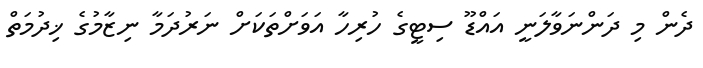
ދެން މި ދަންނަވާލަނީ އައްޑޫ ސިޓީގެ ހުރިހާ އަވަށްތަކަށް ނަރުދަމާ ނިޒާމުގެ ޚިދުމަތް